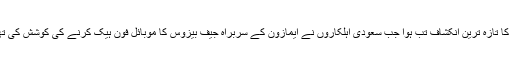
اس کا تازہ ترین انکشاف تب ہوا جب سعودی اہلکاروں نے ایمازون کے سربراہ جیف بیزوس کا موبائل فون ہیک کرنے کی کوشش کی تھی۔